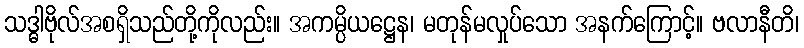
သဒ္ဓါဗိုလ်အစရှိသည်တို့ကိုလည်း။ အကမ္ပိယဋ္ဌေန၊ မတုန်မလှုပ်သော အနက်ကြောင့်။ ဗလာနီတိ၊